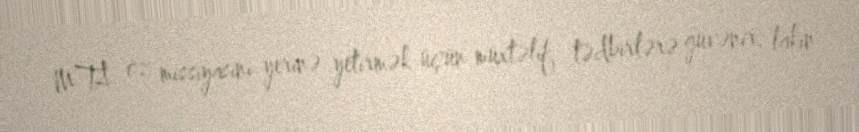
MTA öz missiyasını yerinə yetirmək üçün müxtəlif tədbirlərə güvənir, lakin